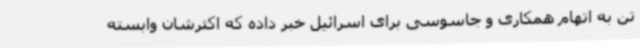
تن به اتهام همکاری و جاسوسی برای اسرائیل خبر داده که اکثرشان وابسته